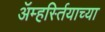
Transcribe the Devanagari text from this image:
ॲम्हर्स्तियाच्या